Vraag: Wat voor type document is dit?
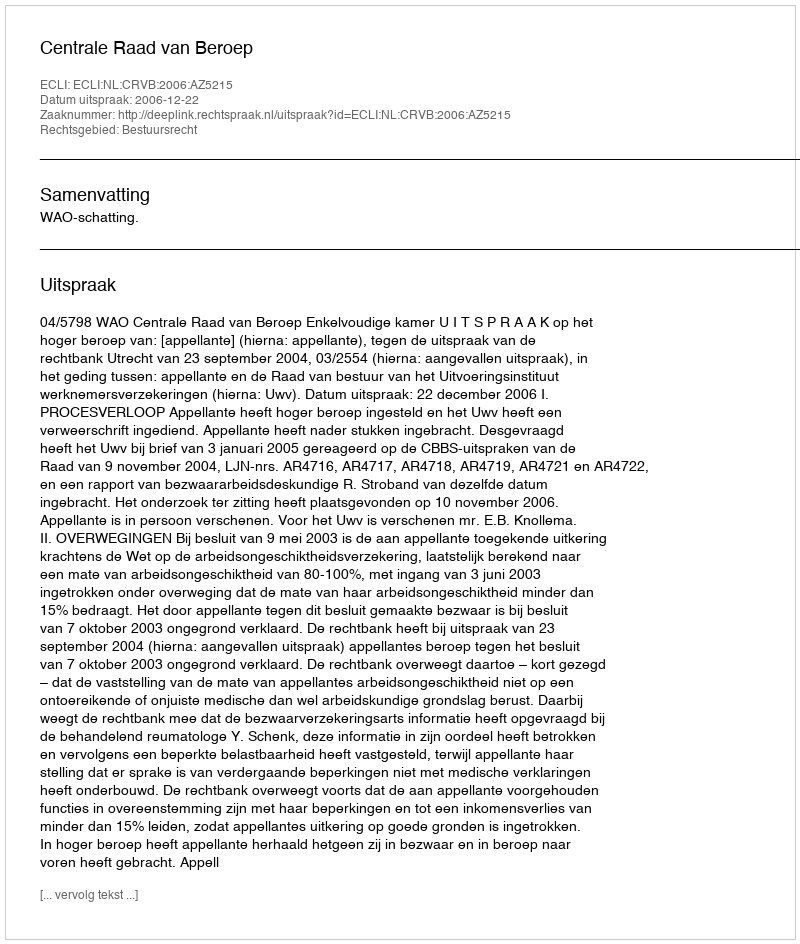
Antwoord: Uitspraak